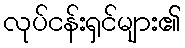
လုပ်ငန်းရှင်များ၏